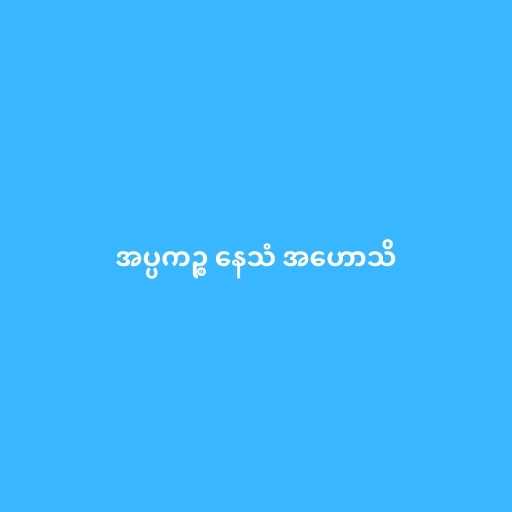
အပ္ပကဉ္စ နေသံ အဟောသိ